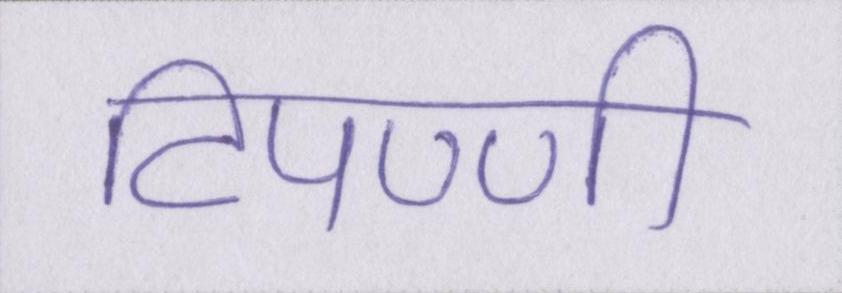
टिपण्णी